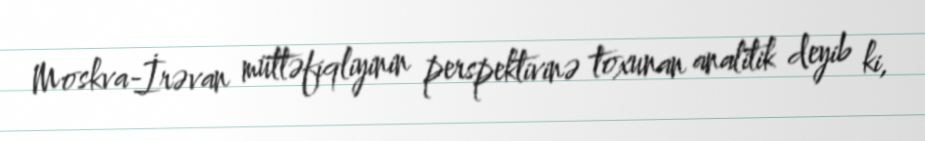
Moskva-İrəvan müttəfiqliyinin perspektivinə toxunan analitik deyib ki,